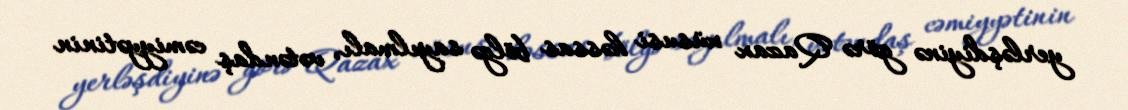
yerləşdiyinə görə Qazax xüsusi həssas bölgə sayılmalı, vətəndaş cəmiyyətinin